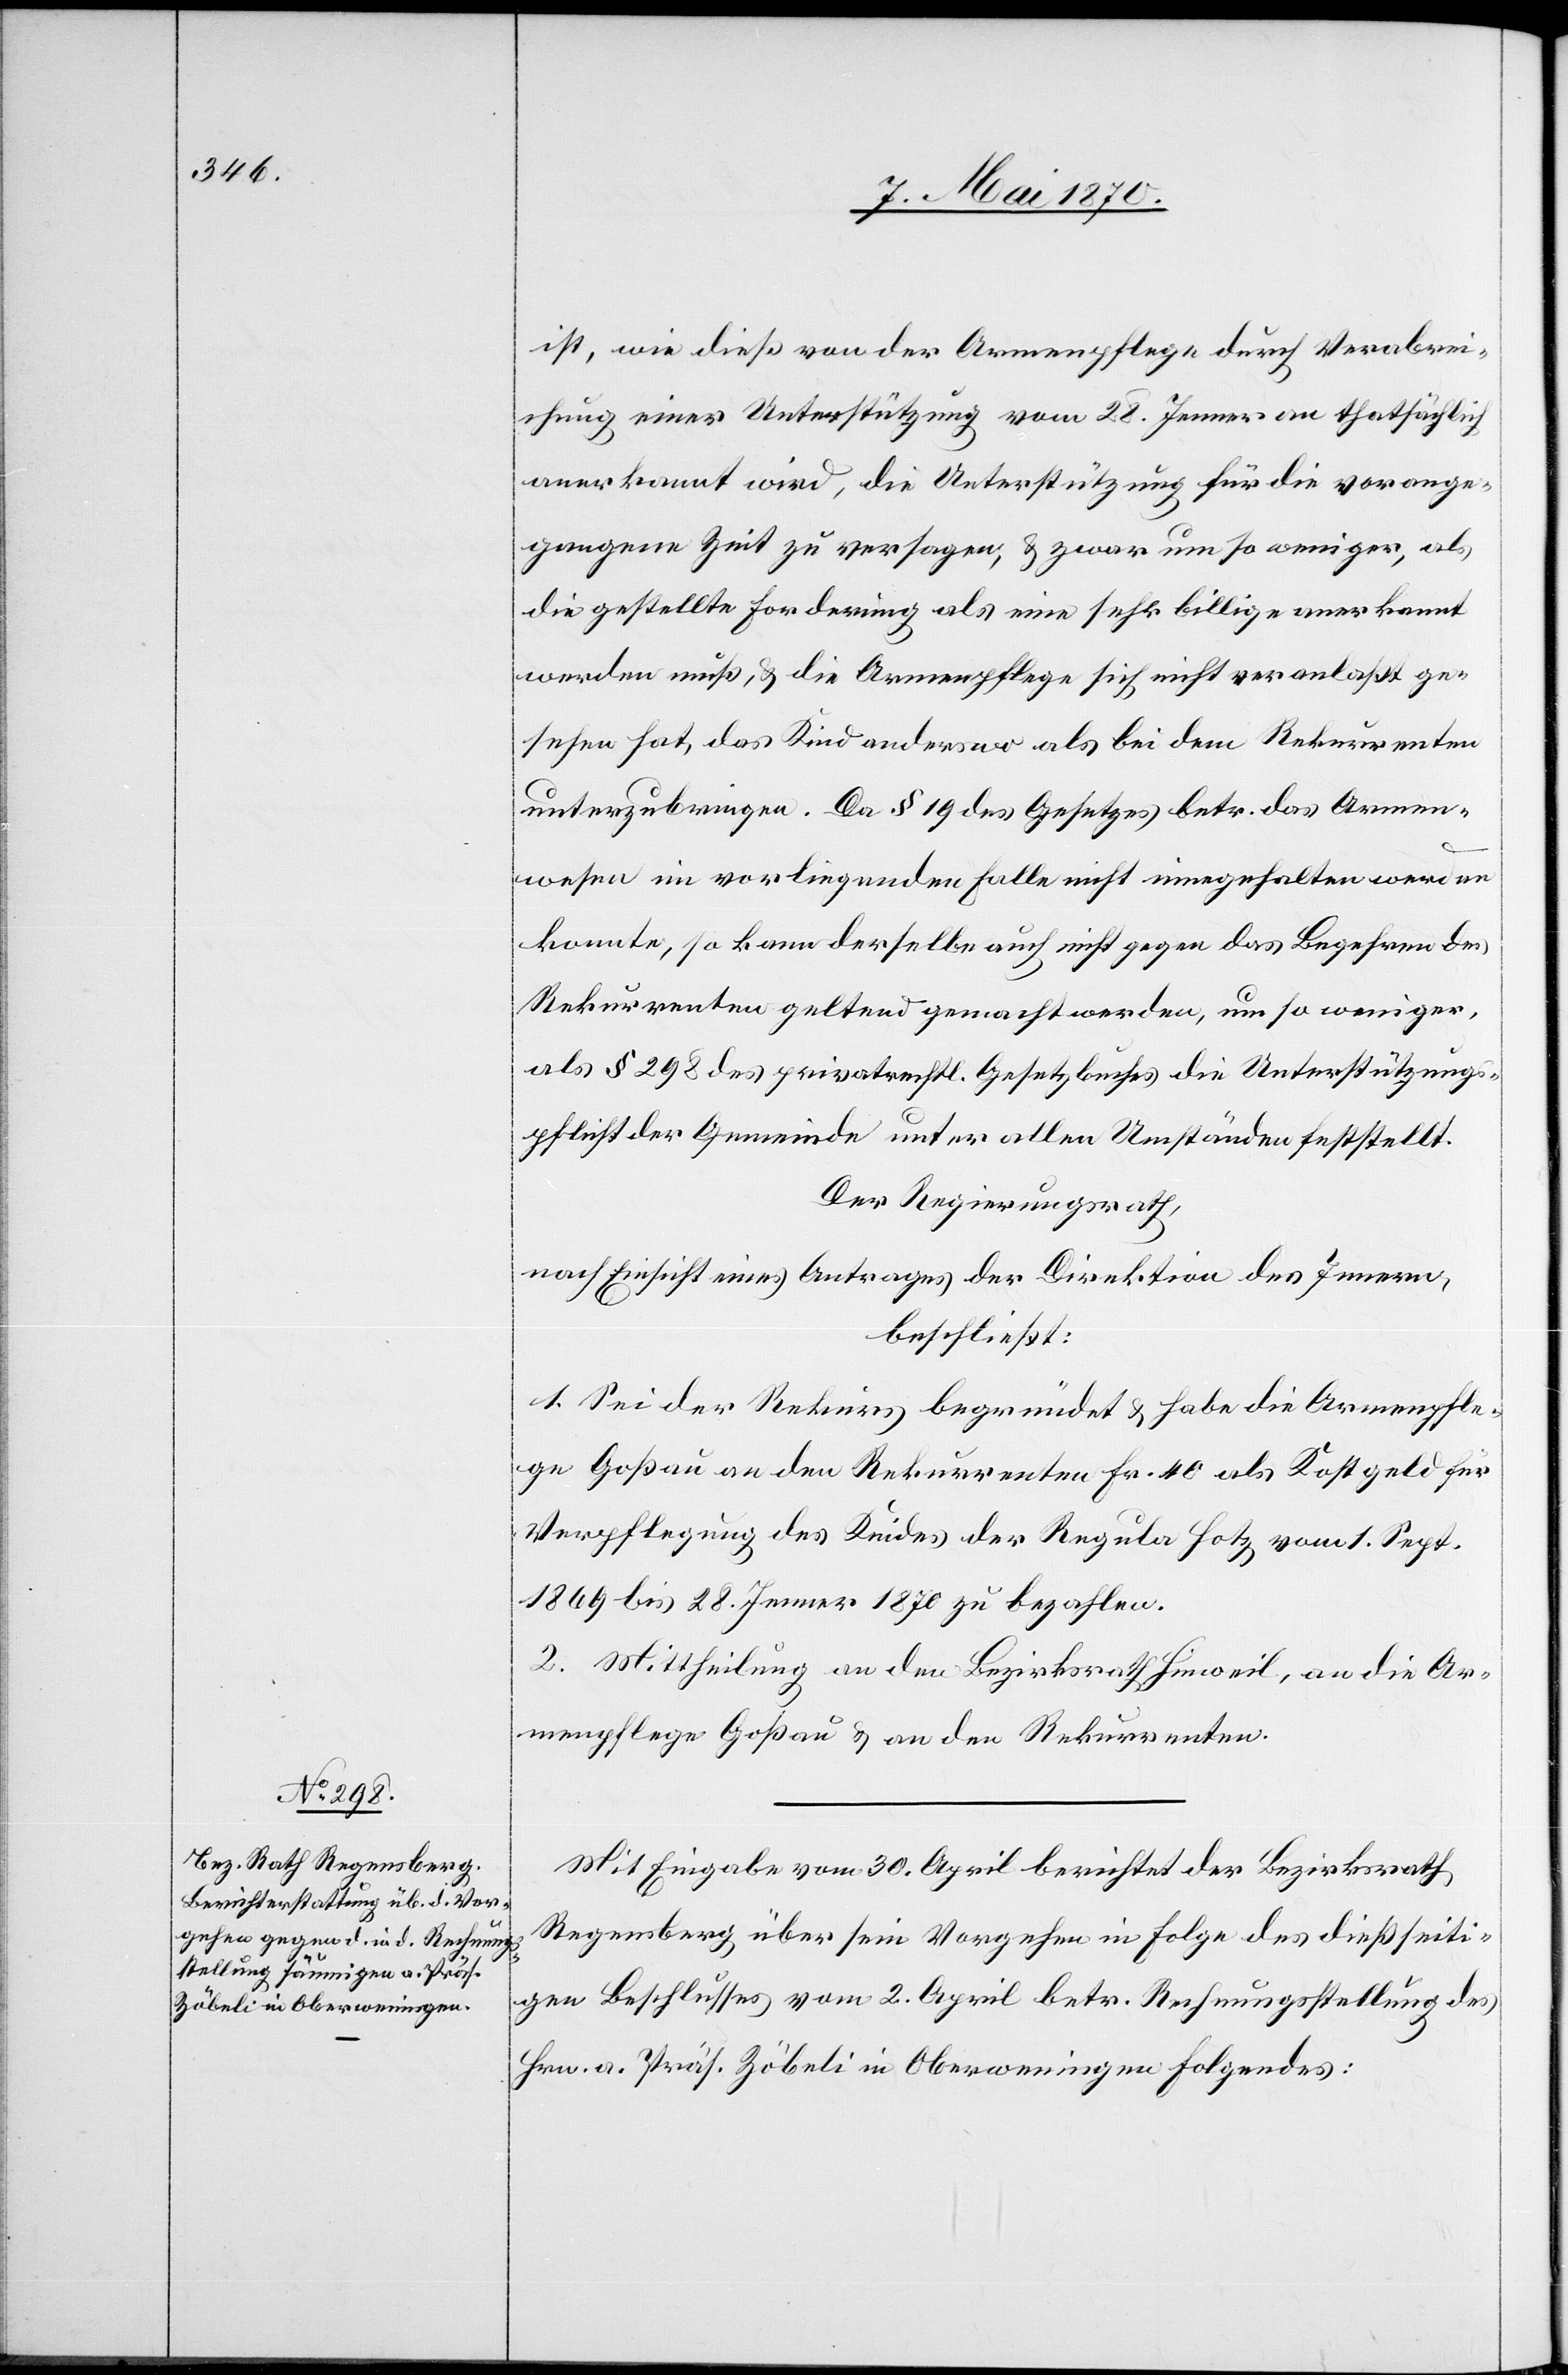
ist, wie dieß von der Armenpflege durch Verabrei¬
chung einer Unterstützung vom 28. Jenner an thatsächlich
anerkannt wird, die Unterstützung für die vorange¬
gangene Zeit zu versagen, & zwar um so weniger, als
die gestellte Forderung als eine sehr billige anerkennt
werden muß, & die Armenpflege sich nicht veranlaßt ge¬
sehen hat, das Kind anderswo als bei dem Rekurrenten
unterzubringen. Da § 19 des Gesetzes betr. das Armen¬
wesen im vorliegenden Falle nicht innegehalten werden
konnte, so kann derselbe auch nicht gegen das Begehren des
Rekurrenten geltend gemacht werden, um so weniger,
als § 298 des privatrechtl. Gesetzbuches die Unterstützungs¬
pflicht der Gemeinde unter allen Umständen feststellt.
Der Regierungsrath,
nach Einsicht eines Antrages der Direktion des Innern,
beschließt:
1. Sei der Rekurs begründet & habe die Armenpfle¬
ge Goßau an den Rekurrenten Fr. 40 als Kostgeld für
Verpflegung des Kindes der Regula Hotz vom 1. Sept.
1869 bis 28 Jenner 1870 zu bezahlen.
2. Mittheilung an den Bezirksrath Hinweil, an die Ar¬
menpflege Goßau & an den Rekurrenten.
Mit Eingabe vom 30. April berichtet der Bezirksrath
Regensberg über sein Vorgehen in Folge des dießseiti¬
gen Beschlusses vom 2. April betr. Rechnungsstellung des
Hrn. a. Präs. Zöbeli in Oberweningen Folgendes: